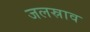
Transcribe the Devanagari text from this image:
जलस्राव